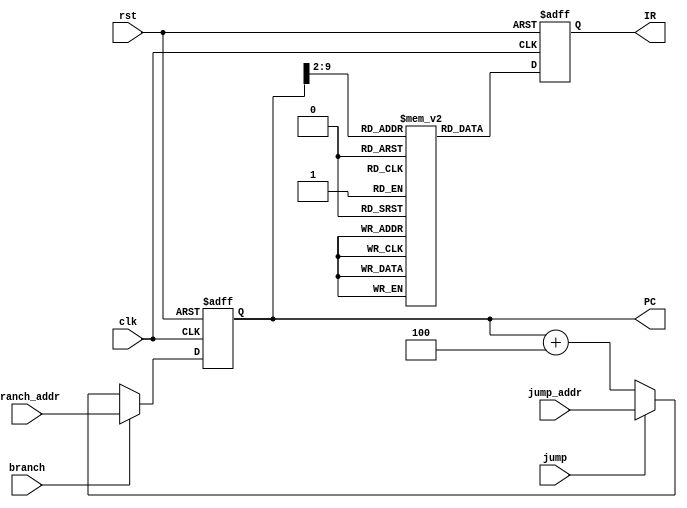
`timescale 1ns/1ps

module INSTRUCTION_FETCH(
	clk,
	rst,
	jump,
	branch,
	jump_addr,
	branch_addr,

	PC,
	IR
);

input clk, rst, jump, branch;
input [31:0] jump_addr, branch_addr;

output reg 	[31:0] PC;
output reg 	[31:0] IR;

reg [31:0] instruction [255:0];
//output instruction
always @(posedge clk or posedge rst)
begin
	if(rst)
		IR <= 32'd0;
	else
		IR <= instruction[PC[10:2]]; //(0, 4, 8, ...) => (0, 1, 2, ...)
end

// output program counter
always @(posedge clk or posedge rst)
begin
	if(rst)
		PC <= 32'd0;
	else
		PC <= (branch) ? branch_addr : ( (jump) ? jump_addr : (PC+4)) ;
end

endmodule